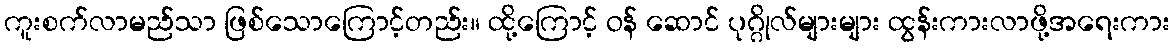
ကူးစက်လာမည်သာ ဖြစ်သောကြောင့်တည်း။ ထို့ကြောင့် ဝန် ဆောင် ပုဂ္ဂိုလ်များများ ထွန်းကားလာဖို့အရေးကား